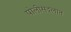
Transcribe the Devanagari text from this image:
पोलीसदलात